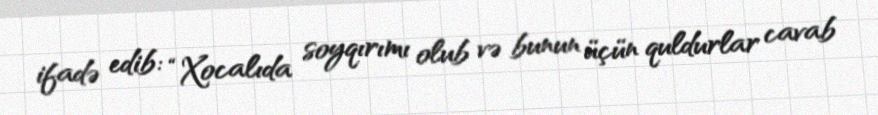
ifadə edib: “Xocalıda soyqırımı olub və bunun üçün quldurlar cavab